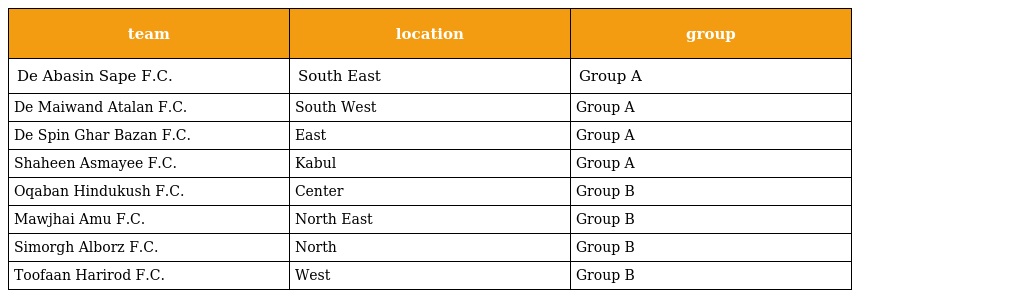
| team | location | group |
 | --- | --- | --- |
 | De Abasin Sape F.C. | South East | Group A |
 | De Maiwand Atalan F.C. | South West | Group A |
 | De Spin Ghar Bazan F.C. | East | Group A |
 | Shaheen Asmayee F.C. | Kabul | Group A |
 | Oqaban Hindukush F.C. | Center | Group B |
 | Mawjhai Amu F.C. | North East | Group B |
 | Simorgh Alborz F.C. | North | Group B |
 | Toofaan Harirod F.C. | West | Group B |